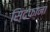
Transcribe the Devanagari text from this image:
सिंदफाना